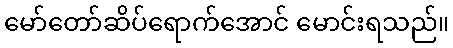
မော်တော်ဆိပ်ရောက်အောင် မောင်းရသည်။